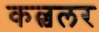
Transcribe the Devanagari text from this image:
कल्चलर